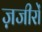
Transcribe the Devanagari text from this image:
ज़जीरों